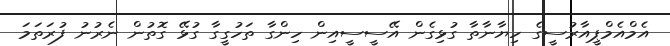
އެމްއެމްޕީއާރުސީގެ ހިޔާނާތާ ގުޅިގެން އޭސީސީއިން ހިންގާ ތަހުގީގާ ގުޅޭ ގޮތުން ނެރުނު ފުރަތަމަ